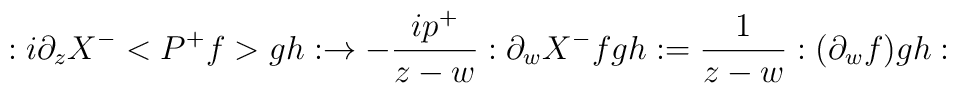
:i\partial _zX^{-}<P^{+}f>gh:\rightarrow -\frac{ip^{+}}{z-w}:\partial_wX^{-}fgh:=\frac 1{z-w}:(\partial _wf)gh: